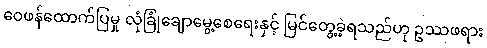
ဝေဖန်ထောက်ပြမှု လုံခြုံချောမွေ့စေရေးနှင့် မြင်တွေ့ခဲ့ရသည်ဟု ဥဿဖရား